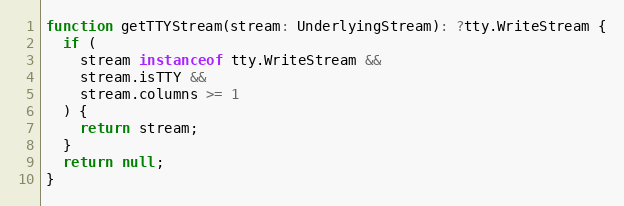
Language: JavaScript
function getTTYStream(stream: UnderlyingStream): ?tty.WriteStream {
  if (
    stream instanceof tty.WriteStream &&
    stream.isTTY &&
    stream.columns >= 1
  ) {
    return stream;
  }
  return null;
}